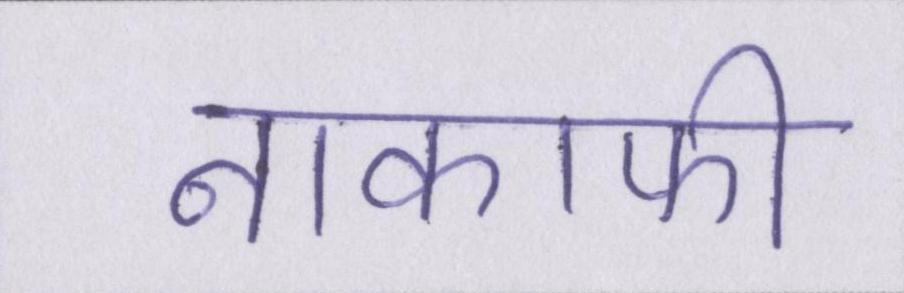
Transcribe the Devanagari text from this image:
नाकाफी